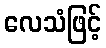
လေသံဖြင့်